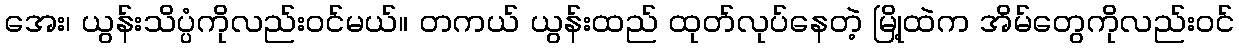
အေး၊ ယွန်းသိပ္ပံကိုလည်းဝင်မယ်။ တကယ် ယွန်းထည် ထုတ်လုပ်နေတဲ့ မြို့ထဲက အိမ်တွေကိုလည်းဝင်